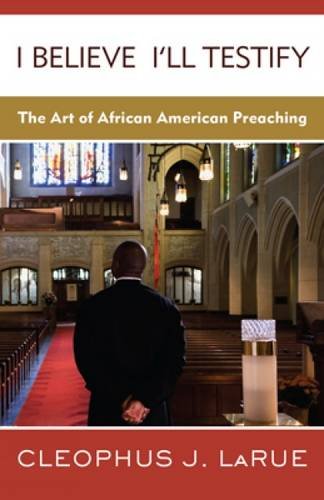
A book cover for I Believe I'll Testify: The Art of African American Preaching; Cleophus J. LaRue; Christian Books & Bibles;